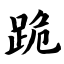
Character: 跪